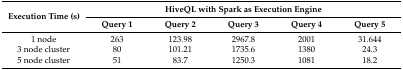
<table><thead><tr><td rowspan="2"><b>Execution Time (s)</b></td><td colspan="5"><b>HiveQL with Spark as Execution Engine</b></td></tr><tr><td><b>Query 1</b></td><td><b>Query 2</b></td><td><b>Query 3</b></td><td><b>Query 4</b></td><td><b>Query 5</b></td></tr></thead><tbody><tr><td>1 node</td><td>263</td><td>123.98</td><td>2967.8</td><td>2001</td><td>31.644</td></tr><tr><td>3 node cluster</td><td>80</td><td>101.21</td><td>1735.6</td><td>1380</td><td>24.3</td></tr><tr><td>5 node cluster</td><td>51</td><td>83.7</td><td>1250.3</td><td>1081</td><td>18.2</td></tr></tbody></table>